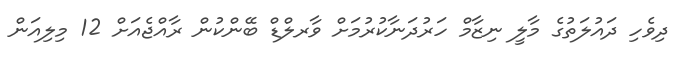
ދިވެހި ދައުލަތުގެ މާލީ ނިޒާމް ހަރުދަނާކުރުމަށް ވާރލްޑް ބޭންކުން ރާއްޖެއަށް 12 މިލިއަން